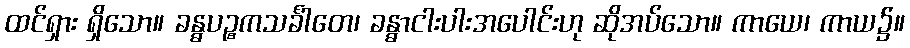
ထင်ရှား ရှိသော။ ခန္ဓပဉ္စကသင်္ခါတေ၊ ခန္ဓာငါးပါးအပေါင်းဟု ဆိုအပ်သော။ ကာယေ၊ ကာယ၌။